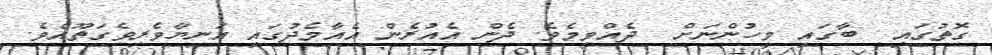
ގޮތުގައި  ބާގައި މީހުންނަށް  ދެއްވީމެވެ. ދެން އެއުރެން އެއާމެދުގައި އަނިޔާވެރިވެގަތޫއެވެ.